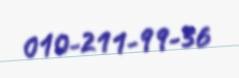
010-211-99-36